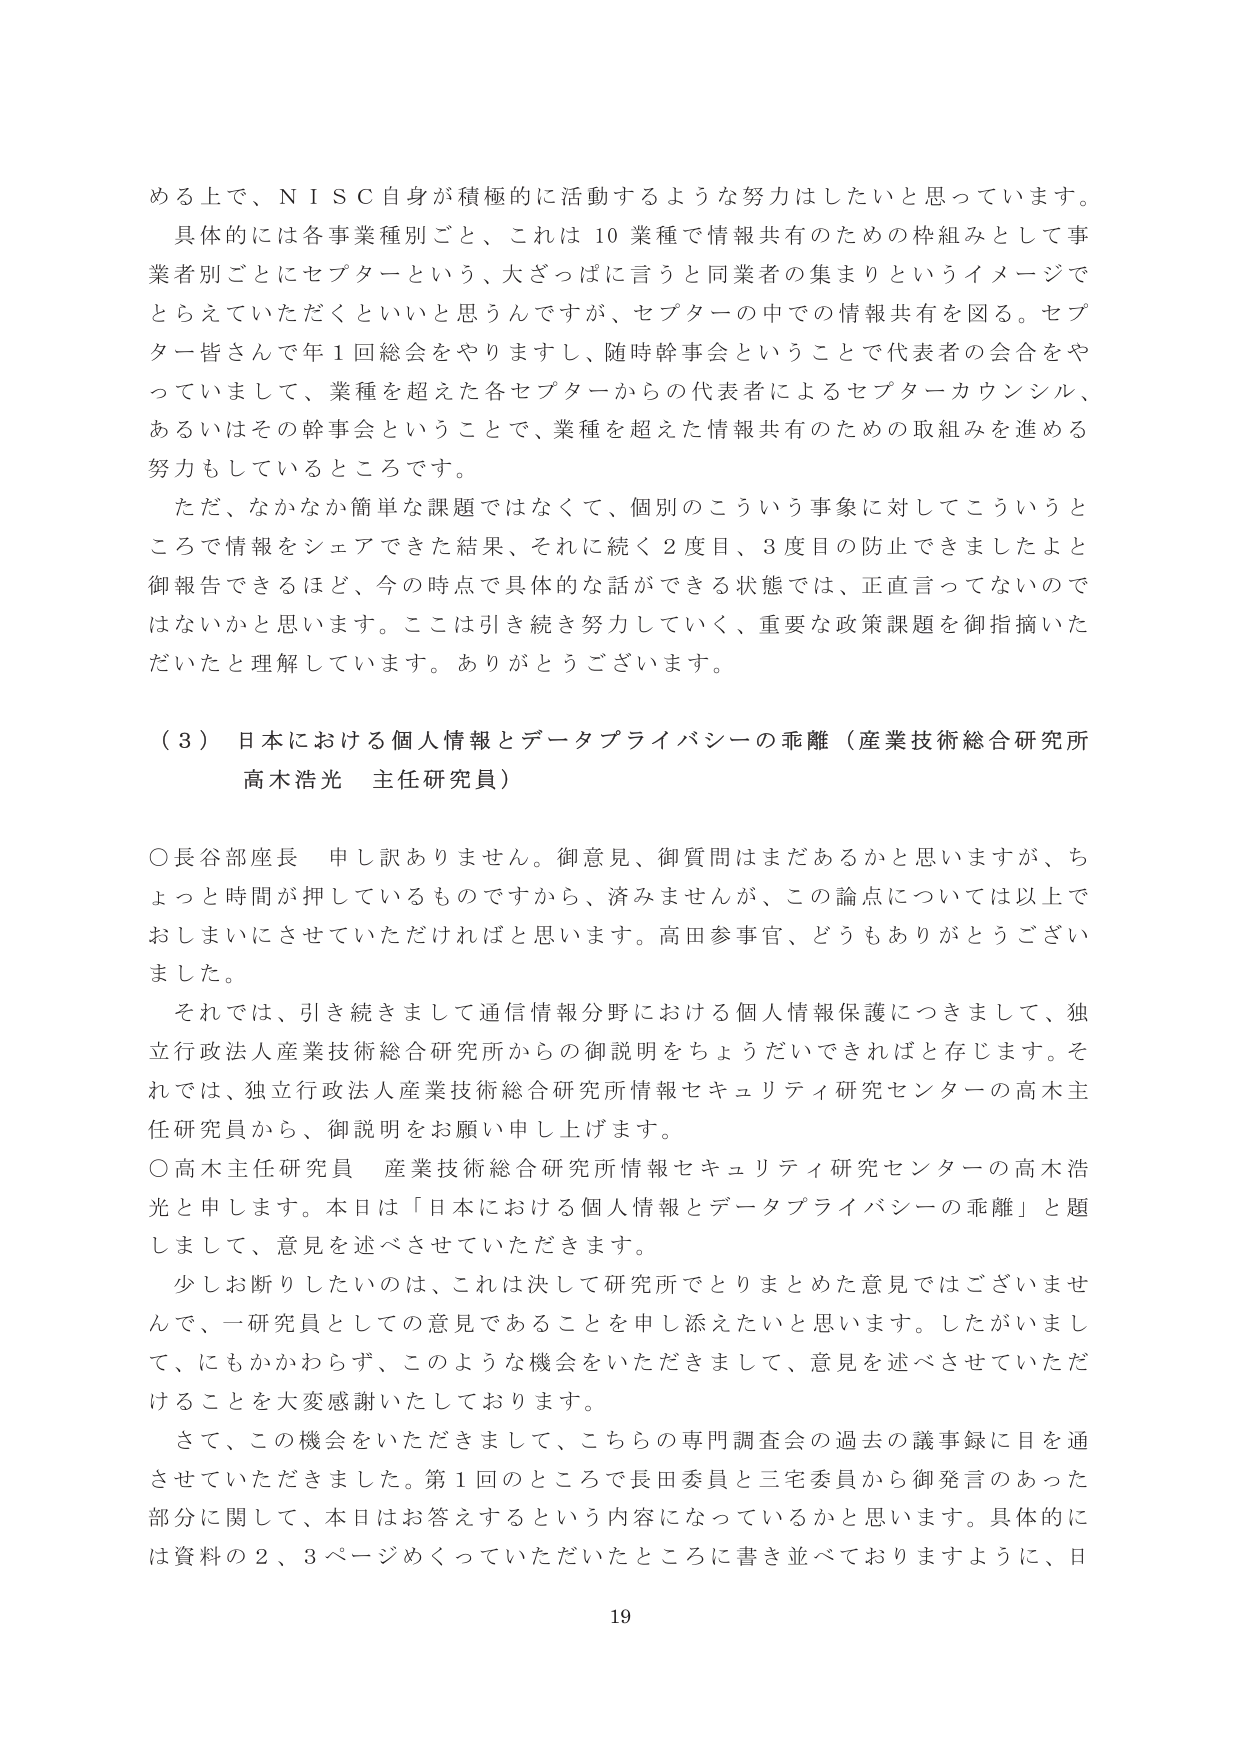
める上で、ＮＩＳＣ自身が積極的に活動するような努力はしたいと思っています。
具体的には各事業種別ごと、これは10業種で情報共有のための枠組みとして事業者別ごとにセプターという、大ざっぱに言うと同業者の集まりというイメージでとらえていただくといいと思うんですが、セプターの中での情報共有を図る。セプター皆さんで年1回総会をやりますし、随時幹事会ということで代表者の会合をやっていまして、業種を超えた各セプターからの代表者によるセプターカウンシル、あるいはその幹事会ということで、業種を超えた情報共有のための取組みを進める努力もしているところです。
ただ、なかなか簡単な課題ではなくて、個別のこういう事象に対してこういうところで情報をシェアできた結果、それに続く2度目、3度目の防止できましたよと御報告できるほど、今の時点で具体的な話ができる状態では、正直言ってないのではないかと思います。ここは引き続き努力していく、重要な政策課題を御指摘いただいたと理解しています。ありがとうございます。

（３）日本における個人情報とデータプライバシーの乖離（産業技術総合研究所 高木浩光 主任研究員）

○長谷部座長 申し訳ありません。御意見、御質問はまだあるかと思いますが、ちょっと時間が押しているものですから、済みませんが、この論点については以上でおしまいにさせていただければと思います。高田参事官、どうもありがとうございました。
それでは、引き続きまして通信情報分野における個人情報保護につきまして、独立行政法人産業技術総合研究所からの御説明をちょうだいできればと存じます。それでは、独立行政法人産業技術総合研究所情報セキュリティ研究センターの高木主任研究員から、御説明をお願い申し上げます。
○高木主任研究員 産業技術総合研究所情報セキュリティ研究センターの高木浩光と申します。本日は「日本における個人情報とデータプライバシーの乖離」と題しまして、意見を述べさせていただきます。
少しお断りしたいのは、これは決して研究所でとりまとめた意見ではございませんで、一研究員としての意見であることを申し添えたいと思います。したがいまして、にもかかわらず、このような機会をいただきまして、意見を述べさせていただけることを大変感謝いたしております。
さて、この機会をいただきまして、こちらの専門調査会の過去の議事録に目を通させていただきました。第1回のところで長田委員と三宅委員から御発言のあった部分に関して、本日はお答えするという内容になっているかと思います。具体的には資料の2、3ページめくっていただいたところに書き並べておりますように、日

19